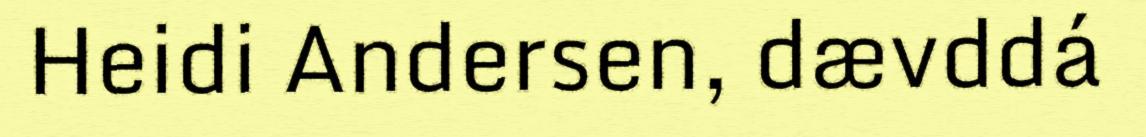
Heidi Andersen, dævddá